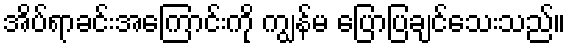
အိပ်ရာခင်းအကြောင်းကို ကျွန်မ ပြောပြချင်သေးသည်။